Annual report on the working of the mental hospitals in the Madras Presidency - 1912-1932
Year: 1912
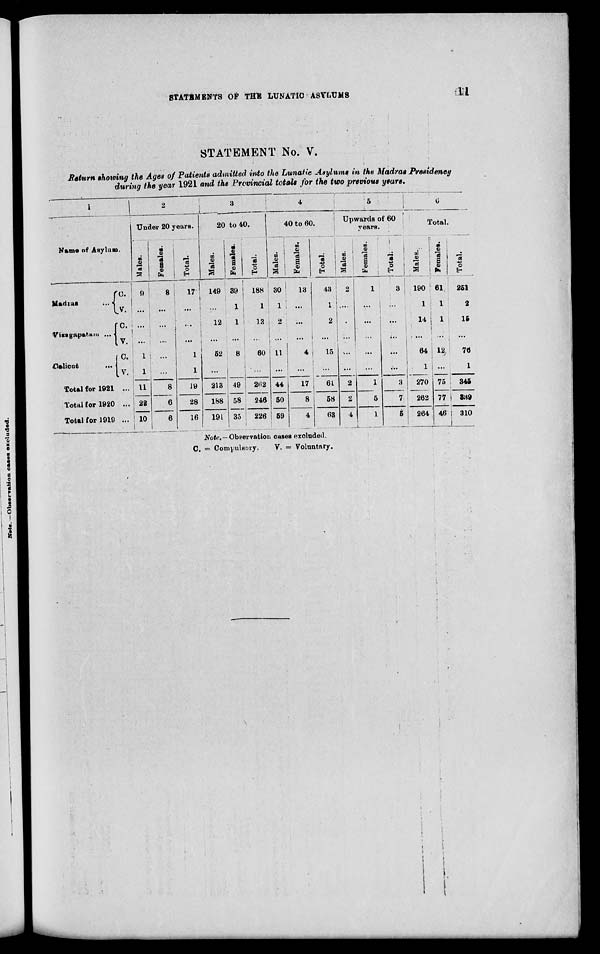
STATEMENTS OF THE LUNATIC ASYLUMS
11
STATEMENT No. V.
Return showing the Ages of Patients admitted into the Lunatic Asylums in the Madras Presideney
during the year 1921 and the Provincial totals for the two previous years.
1
Name of Asylum.
Madras
...
Vizagapatam ...
Calicut...
Total for 1921
Total for 1920
Total for 1919
C.
V.
C.
V.
C.
V.
...
...
...
2
Under 20 years.
Males.
9
...
...
...
1
1
11
22
10
Females.
8
...
...
...
...
...
8
6
6
Total.
17
...
...
...
1
1
19
28
16
3
20 to 40.
Males.
149
...
12
...
52
...
213
188
191
Females.
39
1
1
...
8
...
49
58
35
Total.
188
1
13
60
...
262
246
226
4
40 to 60.
Males.
30
1
2
...
11
...
44
50
59
Females.
13
...
...
...
4
...
17
8
4
Total.
43
1
2
...
15
...
61
58
63
5
Upwards of 60
years.
Males.
2
....
...
...
...
...
2
2
4
Females.
1
...
...
...
...
...
1
5
1
Total.
3
...
...
...
...
...
3
7
5
6
Total.
Males.
190
1
14
...
64
1
270
262
264
Females.
61
1
1
...
12
...
75
77
46
Total.
251
2
15
...
76
1
345
339
310
Note. — Observation cases excluded.
C. = Compulsory.
V. = Voluntary.